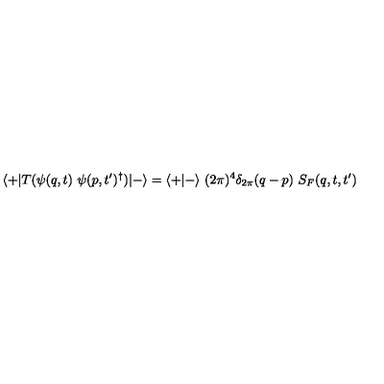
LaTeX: \langle + \vert T ( \psi ( q , t ) \ \psi ( p , t ^ { \prime } ) ^ { \dagger } ) \vert - \rangle = \langle + \vert - \rangle \ ( 2 \pi ) ^ { 4 } \delta _ { 2 \pi } ( q - p ) \ S _ { F } ( q , t , t ^ { \prime } )